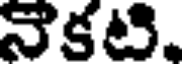
నెకటి.